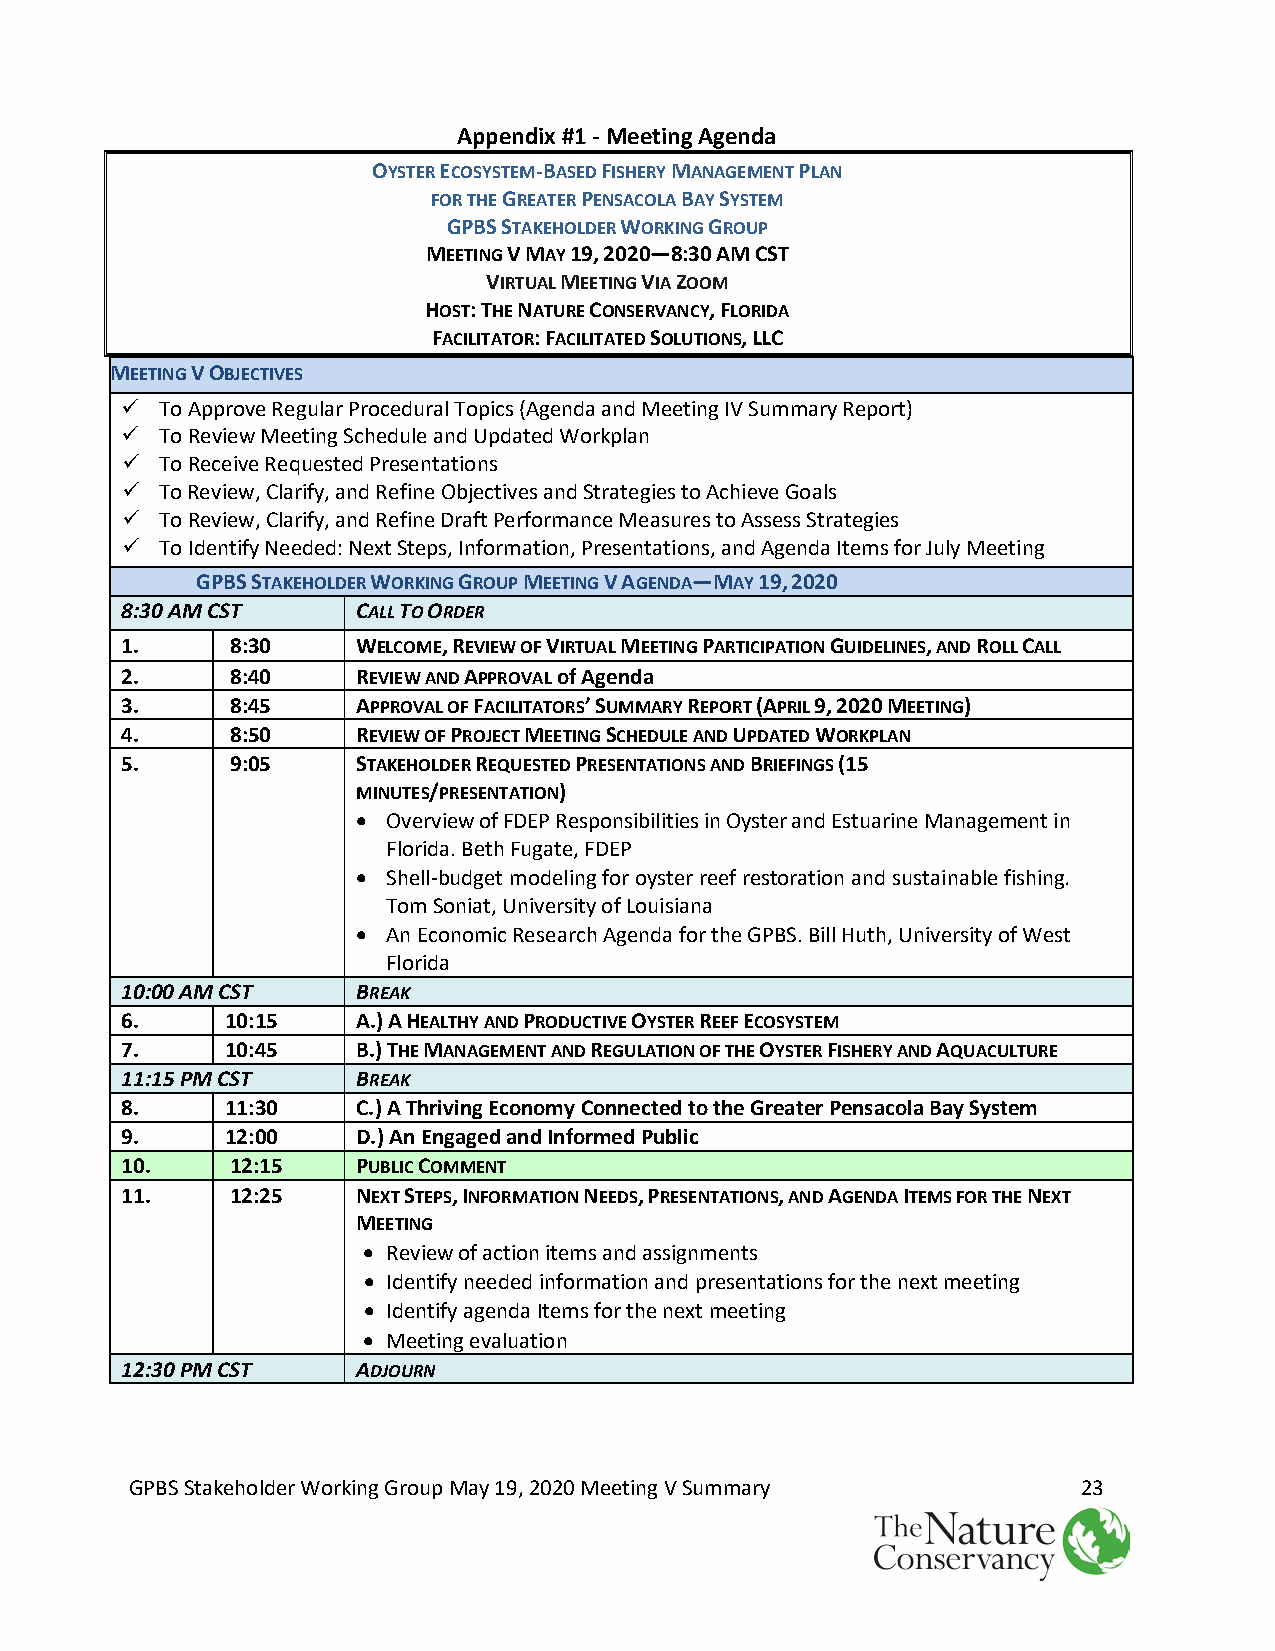
Appendix #1 - Meeting Agenda
 OYSTER ECOSYSTEM-BASED FISHERY MANAGEMENT PLAN
 FOR THE GREATER PENSACOLA BAY SYSTEM
 GPBS STAKEHOLDER WORKING GROUP
 MEETING V MAY 19, 2020—8:30 AM CST
 VIRTUAL MEETING VIA ZOOM
 HOST: THE NATURE CONSERVANCY, FLORIDA
 FACILITATOR: FACILITATED SOLUTIONS, LLC
 MEETING V OBJECTIVES
   To Approve Regular Procedural Topics (Agenda and Meeting IV Summary Report)
   To Review Meeting Schedule and Updated Workplan
   To Receive Requested Presentations
   To Review, Clarify, and Refine Objectives and Strategies to Achieve Goals
   To Review, Clarify, and Refine Draft Performance Measures to Assess Strategies
   To Identify Needed: Next Steps, Information, Presentations, and Agenda Items for July Meeting
 GPBS STAKEHOLDER WORKING GROUP MEETING V AGENDA—MAY 19, 2020
 8:30 AM CST     CALL TO ORDER
 1.     8:30     WELCOME, REVIEW OF VIRTUAL MEETING PARTICIPATION GUIDELINES, AND ROLL CALL
 2.     8:40     REVIEW AND APPROVAL of Agenda
 3.     8:45     APPROVAL OF FACILITATORS’ SUMMARY REPORT (APRIL 9, 2020 MEETING)
 4.     8:50     REVIEW OF PROJECT MEETING SCHEDULE AND UPDATED WORKPLAN
 5.     9:05     STAKEHOLDER REQUESTED PRESENTATIONS AND BRIEFINGS (15
 MINUTES/PRESENTATION)
 • Overview of FDEP Responsibilities in Oyster and Estuarine Management in
 Florida. Beth Fugate, FDEP
 • Shell-budget modeling for oyster reef restoration and sustainable fishing.
 Tom Soniat, University of Louisiana
 • An Economic Research Agenda for the GPBS. Bill Huth, University of West
 Florida
 10:00 AM CST    BREAK
 6.     10:15    A.) A HEALTHY AND PRODUCTIVE OYSTER REEF ECOSYSTEM
 7.     10:45    B.) THE MANAGEMENT AND REGULATION OF THE OYSTER FISHERY AND AQUACULTURE
 11:15 PM CST    BREAK
 8.     11:30    C.) A Thriving Economy Connected to the Greater Pensacola Bay System
 9.     12:00    D.) An Engaged and Informed Public
 10.    12:15    PUBLIC COMMENT
 11.    12:25    NEXT STEPS, INFORMATION NEEDS, PRESENTATIONS, AND AGENDA ITEMS FOR THE NEXT
 MEETING
 • Review of action items and assignments
 • Identify needed information and presentations for the next meeting
 • Identify agenda Items for the next meeting
 • Meeting evaluation
 12:30 PM CST    ADJOURN
 GPBS Stakeholder Working Group May 19, 2020 Meeting V Summary  23